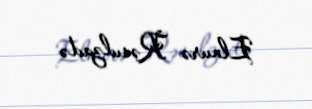
Elnurə Rəsulzadə